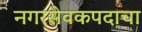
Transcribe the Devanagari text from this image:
नगरसेवकपदाचा